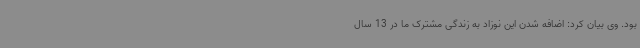
بود. وی بیان کرد: اضافه شدن این نوزاد به زندگی مشترک ما در 13 سال